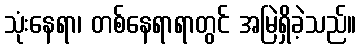
သုံးနေရာ၊ တစ်နေရာရာတွင် အမြဲရှိခဲ့သည်။